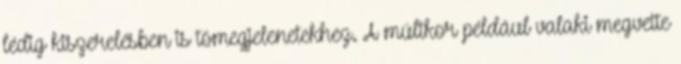
lédig kiszerelésben is tömegjelenetekhez. A múltkor például valaki megvette